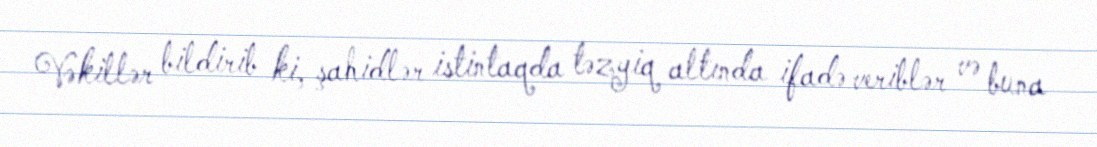
Vəkillər bildirib ki, şahidlər istintaqda təzyiq altında ifadə veriblər və buna